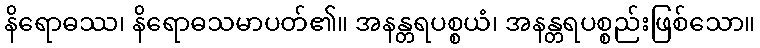
နိရောဓဿ၊ နိရောဓသမာပတ်၏။ အနန္တရပစ္စယံ၊ အနန္တရပစ္စည်းဖြစ်သော။